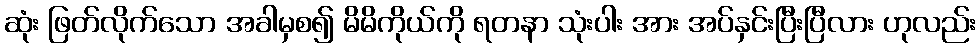
ဆုံး ဖြတ်လိုက်သော အခါမှစ၍ မိမိကိုယ်ကို ရတနာ သုံးပါး အား အပ်နှင်းပြီးပြီလား ဟုလည်း